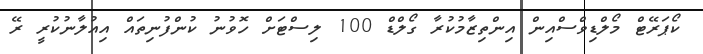
ކޯޕަރޭޓް މޯލްޑިވްސްއިން އިންތިޒާމުކުރާ ގޯލްޑް 100 ލިސްޓަށް ހޮވުނު ކުންފުނިތައް އިއުލާނުކުރީ ރޭ